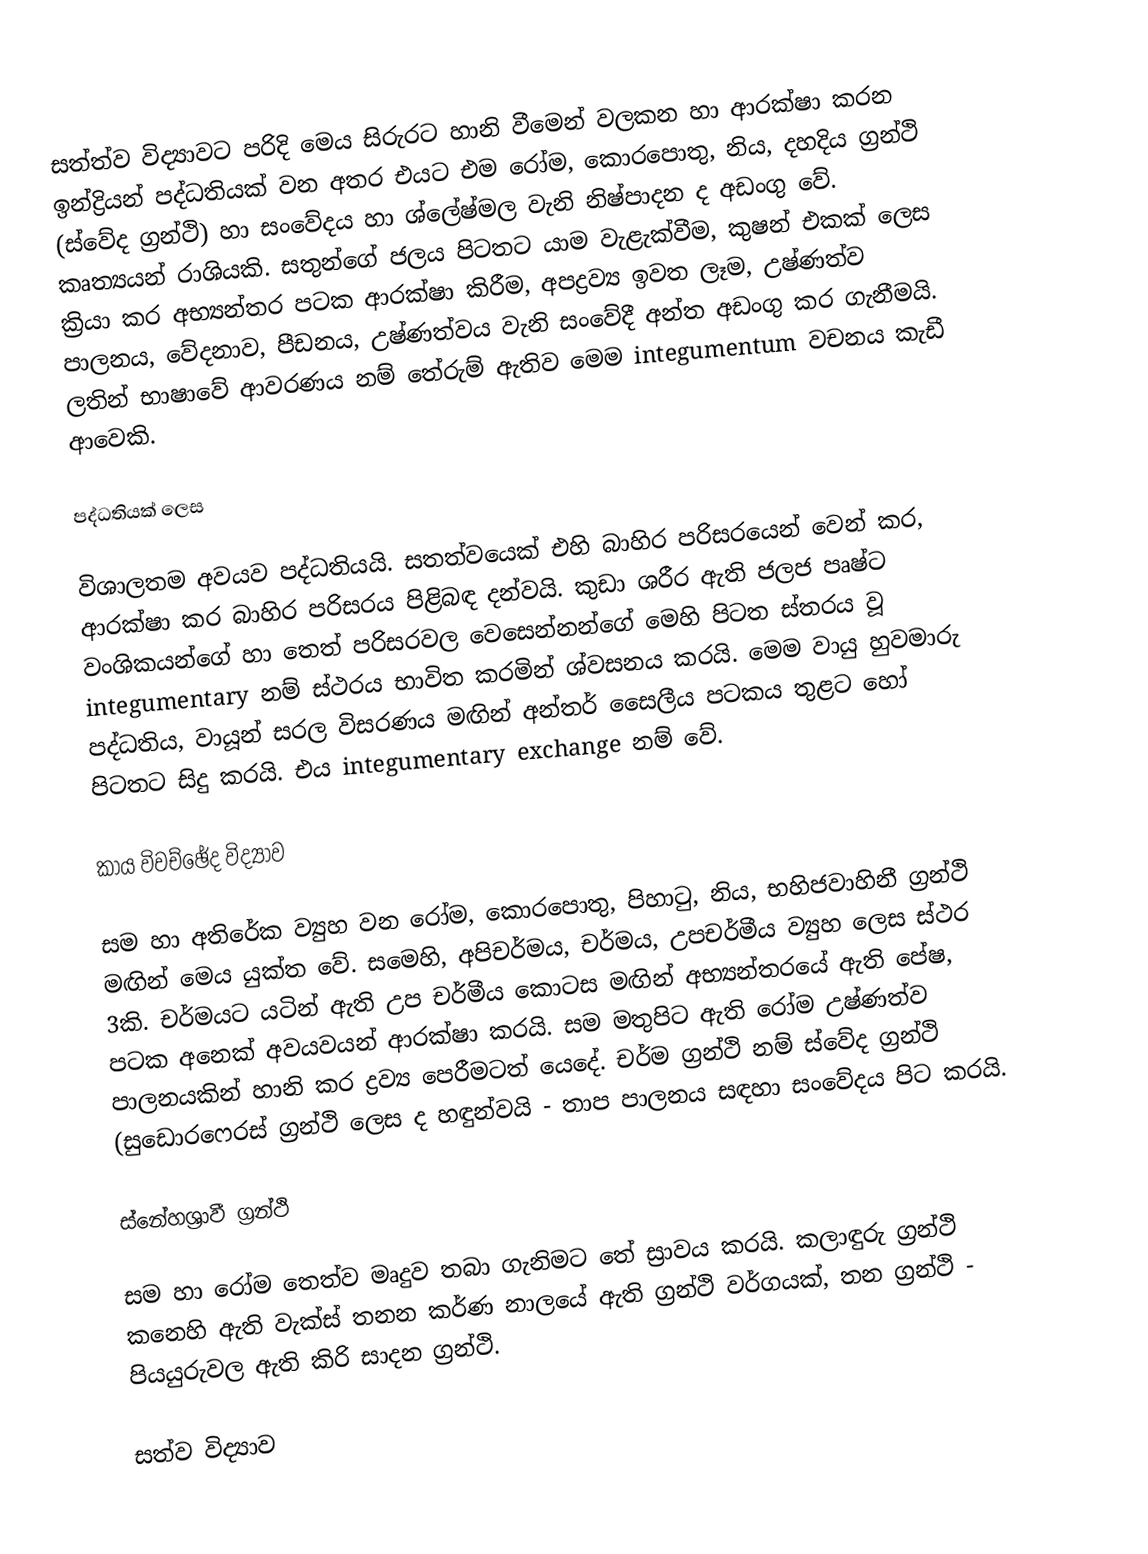
සත්ත්ව විද්‍යාවට පරිදි මෙය සිරුරට හානි වීමෙන් වලකන හා ආරක්ෂා කරන ඉන්ද්‍රියන් පද්ධතියක් වන අතර එයට එම රෝම, කොරපොතු, නිය, දහදිය ග්‍රන්ථි (ස්වේද ග්‍රන්ථි) හා සංවේදය හා ශ්ලේෂ්මල වැනි නිෂ්පාදන ද අඩංගු වේ. කෘත්‍යයන් රාශියකි. සතුන්ගේ ජලය පිටතට යාම වැළැක්වීම, කුෂන් එකක් ලෙස ක්‍රියා කර අභ්‍යන්තර පටක ආරක්ෂා කිරීම, අපද්‍රව්‍ය ඉවත ලෑම, උෂ්ණත්ව පාලනය, වේදනාව, පීඩනය, උෂ්ණත්වය වැනි සංවේදී අන්ත අඩංගු කර ගැනීමයි. ලතින් භාෂාවේ ආවරණය නම් තේරුම් ඇතිව මෙම integumentum වචනය කැඩී ආවෙකි.

පද්ධතියක් ලෙස

විශාලතම අවයව පද්ධතියයි. සතත්වයෙක් එහි බාහිර පරිසරයෙන් වෙන් කර, ආරක්ෂා කර බාහිර පරිසරය පිළිබඳ දන්වයි. කුඩා ශරීර ඇති ජලජ පෘෂ්ට වංශිකයන්ගේ හා තෙත් පරිසරවල වෙසෙන්නන්ගේ මෙහි පිටත ස්තරය වූ integumentary නම් ස්ථරය භාවිත කරමින් ශ්වසනය කරයි. මෙම වායු හුවමාරු පද්ධතිය, වායූන් සරල විසරණය මඟින් අන්තර් සෛලීය පටකය තුළට හෝ පිටතට සිදු කරයි. එය integumentary exchange නම් වේ.

කාය විවච්ඡේද විද්‍යාව

සම හා අතිරේක ව්‍යුහ වන රෝම, කොරපොතු, පිහාටු, නිය, භහිජවාහිනී ග්‍රන්ථි මඟින් මෙය ‍යුක්ත වේ. සමෙහි, අපිචර්මය, චර්මය, උපචර්මීය ව්‍යුහ ලෙස ස්ථර 3කි. චර්මයට යටින් ඇති උප චර්මීය කොටස මඟින් අභ්‍යන්තරයේ ඇති පේෂ, පටක අනෙක් අවයවයන් ආරක්ෂා කරයි. සම මතුපිට ඇති රෝම උෂ්ණත්ව පාලනයකින් හානි කර ද්‍රව්‍ය පෙරීමටත් යෙදේ. චර්ම ග්‍රන්ථි නම් ස්වේද ග්‍රන්ථි (සුඩොර‍ෆෙරස් ග්‍රන්ථි ලෙස ද හඳුන්වයි - තාප පාලනය සඳහා සංවේදය පිට කරයි.

ස්නේහශ්‍රාවී ග්‍රන්ථි

සම හා රෝම තෙත්ව මෘදුව තබා ගැනිමට තේ ස්‍රාවය කරයි. කලාඳුරු ග්‍රන්ථි කනෙහි ඇති වැක්ස් තනන කර්ණ නාලයේ ඇති ග්‍රන්ථි වර්ගයක්, තන ග්‍රන්ථි - පියයුරුවල ඇති කිරි සාදන ග්‍රන්ථි.

සත්ව විද්‍යාව